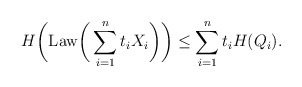
\begin{align*}H\bigg( \mathrm{Law} \bigg( \sum_{i=1}^n t_i X_i\bigg)\bigg) \le \sum_{i=1}^n t_i H( Q_i).\end{align*}